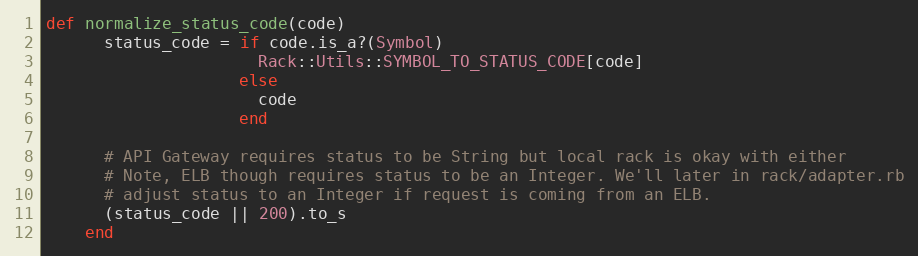
Language: Ruby
def normalize_status_code(code)
      status_code = if code.is_a?(Symbol)
                      Rack::Utils::SYMBOL_TO_STATUS_CODE[code]
                    else
                      code
                    end

      # API Gateway requires status to be String but local rack is okay with either
      # Note, ELB though requires status to be an Integer. We'll later in rack/adapter.rb
      # adjust status to an Integer if request is coming from an ELB.
      (status_code || 200).to_s
    end